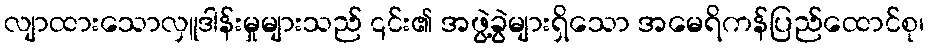
လျာထားသောလှူဒါန်းမှုများသည် ၎င်း၏ အဖွဲ့ခွဲများရှိသော အမေရိကန်ပြည်ထောင်စု၊